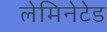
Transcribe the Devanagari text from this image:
लेमिनेटेड